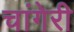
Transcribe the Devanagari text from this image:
चांगेरी